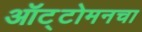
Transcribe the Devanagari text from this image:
ऑट्टोमनचा